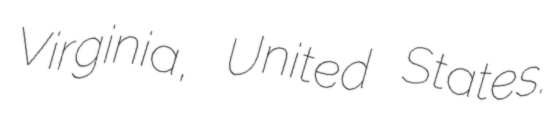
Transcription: Virginia, United States.